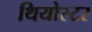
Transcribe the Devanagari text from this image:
थियोस्टर